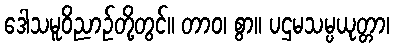
ဒေါသမူဝိညာဉ်တို့တွင်။ တာဝ၊ စွာ။ ပဌမသမ္ပယုတ္တာ၊